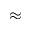
\approx